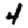
Digit: 4